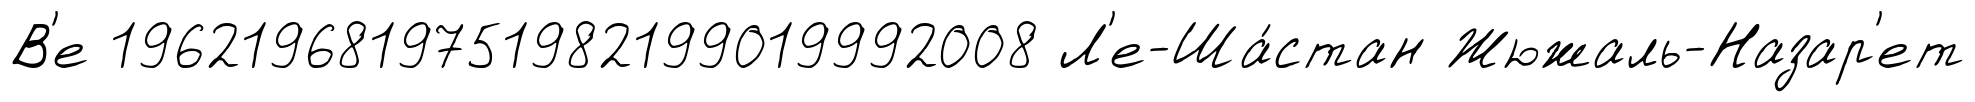
В'е 1962196819751982199019992008 Л'е-Ша́стан Жюжаль-Назар'ет